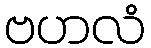
ဗဟလံ